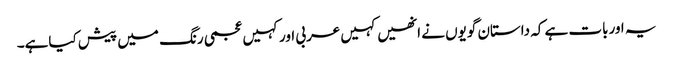
یہ اوربات ہے کہ داستان گویوں نے انھیں کہیں عربی اورکہیں عجمی رنگ میں پیش کیاہے۔